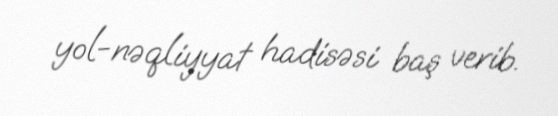
yol-nəqliyyat hadisəsi baş verib.